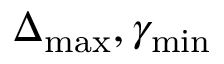
\Delta _ { \mathrm { m a x } } , \gamma _ { \mathrm { m i n } }